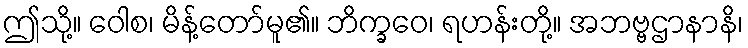
ဤသို့။ ဝေါစ၊ မိန့်တော်မူ၏။ ဘိက္ခဝေ၊ ရဟန်းတို့။ အဘဗ္ဗဌာနာနိ၊